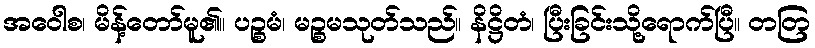
အဝေါစ၊ မိန့်တော်မူ၏။ ပဉ္စမံ၊ မဉ္စမသုတ်သည်။ နိဋ္ဌိတံ၊ ပြီးခြင်းသို့ရောက်ပြီ။ တတြ